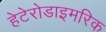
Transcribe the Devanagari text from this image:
हेटेरोडाइमरिक